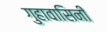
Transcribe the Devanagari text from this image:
गुहावासिनी